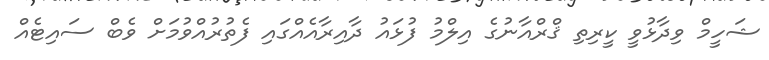
ޝަހީމް ވިދާޅުވީ ކީރިތި ޤްރްއާނުގެ އިލްމު ފުޅައު ދާއިރާއެއްގައި ފެތުރުއްވުމަށް ވެބް ސައިޓެއް